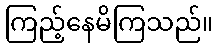
ကြည့်နေမိကြသည်။